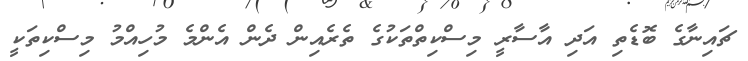
ޗައިނާގެ ބޮޑެތި އަދި އާސާރީ މިސްކިތްތަކުގެ ތެރެއިން ދެން އެންމެ މުހިއްމު މިސްކިތަކީ